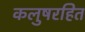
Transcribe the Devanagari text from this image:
कलुषरहित